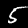
Digit: 5